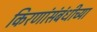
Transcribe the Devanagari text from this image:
किरणांसंबंधीच्या